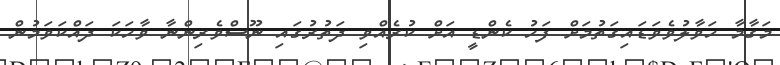
މަގާމާ ހަވާލުވެވަޑައިގަތުމަށް ފަހު ކެންޑީ އަށް ކުރެއްވި ދަތުރުގައި ނޫސްވެރިންނާ ވާހަކަ ދައްކަވަމުން